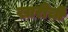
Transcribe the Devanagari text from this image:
खारीची